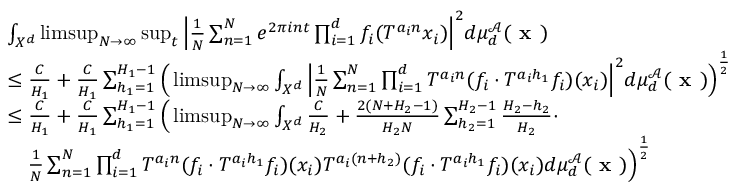
\begin{array} { r l } & { \int _ { X ^ { d } } \operatorname* { l i m s u p } _ { N \rightarrow \infty } \operatorname* { s u p } _ { t } \Big | \frac { 1 } { N } \sum _ { n = 1 } ^ { N } e ^ { 2 \pi i n t } \prod _ { i = 1 } ^ { d } f _ { i } ( T ^ { a _ { i } n } x _ { i } ) \Big | ^ { 2 } d \mu _ { d } ^ { \mathcal { A } } ( \textbf { x } ) } \\ & { \le \frac { C } { H _ { 1 } } + \frac { C } { H _ { 1 } } \sum _ { h _ { 1 } = 1 } ^ { H _ { 1 } - 1 } \Big ( \operatorname* { l i m s u p } _ { N \rightarrow \infty } \int _ { X ^ { d } } \Big | \frac { 1 } { N } \sum _ { n = 1 } ^ { N } \prod _ { i = 1 } ^ { d } T ^ { a _ { i } n } ( f _ { i } \cdot T ^ { a _ { i } h _ { 1 } } f _ { i } ) ( x _ { i } ) \Big | ^ { 2 } d \mu _ { d } ^ { \mathcal { A } } ( \textbf { x } ) \Big ) ^ { \frac { 1 } { 2 } } } \\ & { \le \frac { C } { H _ { 1 } } + \frac { C } { H _ { 1 } } \sum _ { h _ { 1 } = 1 } ^ { H _ { 1 } - 1 } \Big ( \operatorname* { l i m s u p } _ { N \rightarrow \infty } \int _ { X ^ { d } } \frac { C } { H _ { 2 } } + \frac { 2 ( N + H _ { 2 } - 1 ) } { H _ { 2 } N } \sum _ { h _ { 2 } = 1 } ^ { H _ { 2 } - 1 } \frac { H _ { 2 } - h _ { 2 } } { H _ { 2 } } \cdot } \\ & { \ \ \ \frac { 1 } { N } \sum _ { n = 1 } ^ { N } \prod _ { i = 1 } ^ { d } T ^ { a _ { i } n } ( f _ { i } \cdot T ^ { a _ { i } h _ { 1 } } f _ { i } ) ( x _ { i } ) T ^ { a _ { i } ( n + h _ { 2 } ) } ( f _ { i } \cdot T ^ { a _ { i } h _ { 1 } } f _ { i } ) ( x _ { i } ) d \mu _ { d } ^ { \mathcal { A } } ( \textbf { x } ) \Big ) ^ { \frac { 1 } { 2 } } } \end{array}